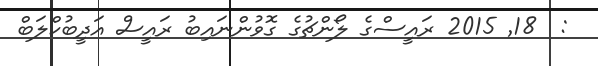
:  18